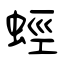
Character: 蛵